Punjab Mental Hospital Lahore 1932-46 - 1932-1946
Year: 1932
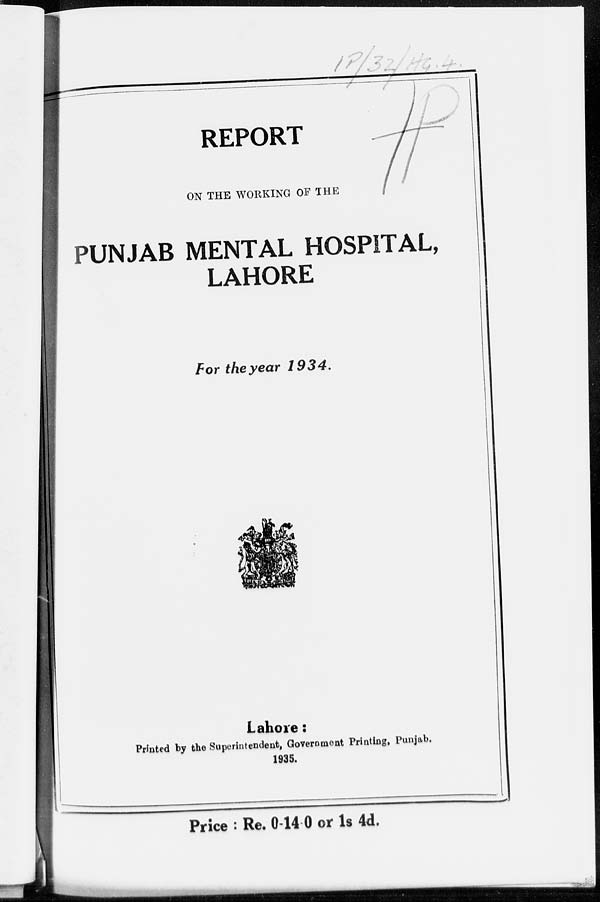
REPORT
ON THE WORKING OF THE
PUNJAB MENTAL HOSPITAL,
LAHORE
For the year 1934.
Lahore:
Printed by the Superintendent, Government Printing, Punjab.
1935.
Price : Re. 0-14-0 or 1s 4d.